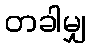
တခါမျှ